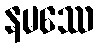
နမဿေ